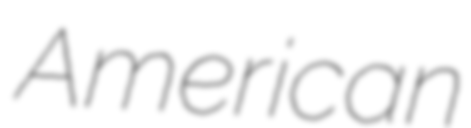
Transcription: American